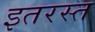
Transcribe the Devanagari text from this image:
इतरस्त